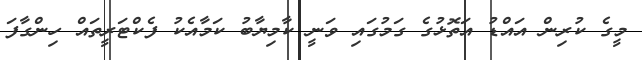
މީގެ ކުރިން އައްޑު އަތޮޅުގެ ގަމުގައި ވަނީ ކާމިޔާބު ކަމާއެކު ފެކްޓަރީތައް ހިންގާފަ